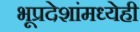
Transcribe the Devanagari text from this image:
भूप्रदेशांमध्येही